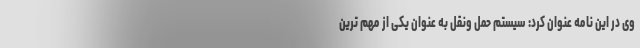
وی در این نامه عنوان کرد: سیستم حمل ونقل به عنوان یکی از مهم ترین